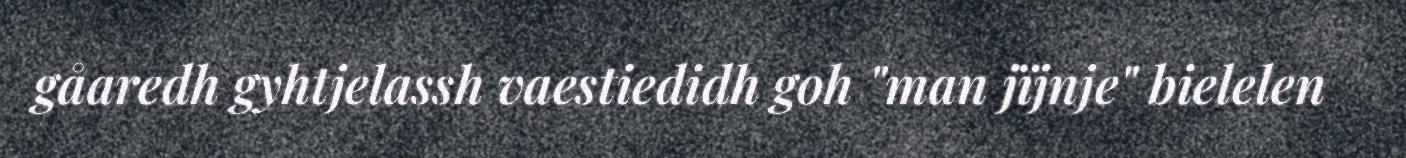
gåaredh gyhtjelassh vaestiedidh goh "man jïjnje" bielelen